Bréfritari: Ásgeir Tryggvi Friðgeirsson
Viðtakandi: Einar Friðgeirsson
Dagsetning: A-1884-03-21
Skrifað á: Garði  S-Þing.
Ásgeir er bróðir Einars

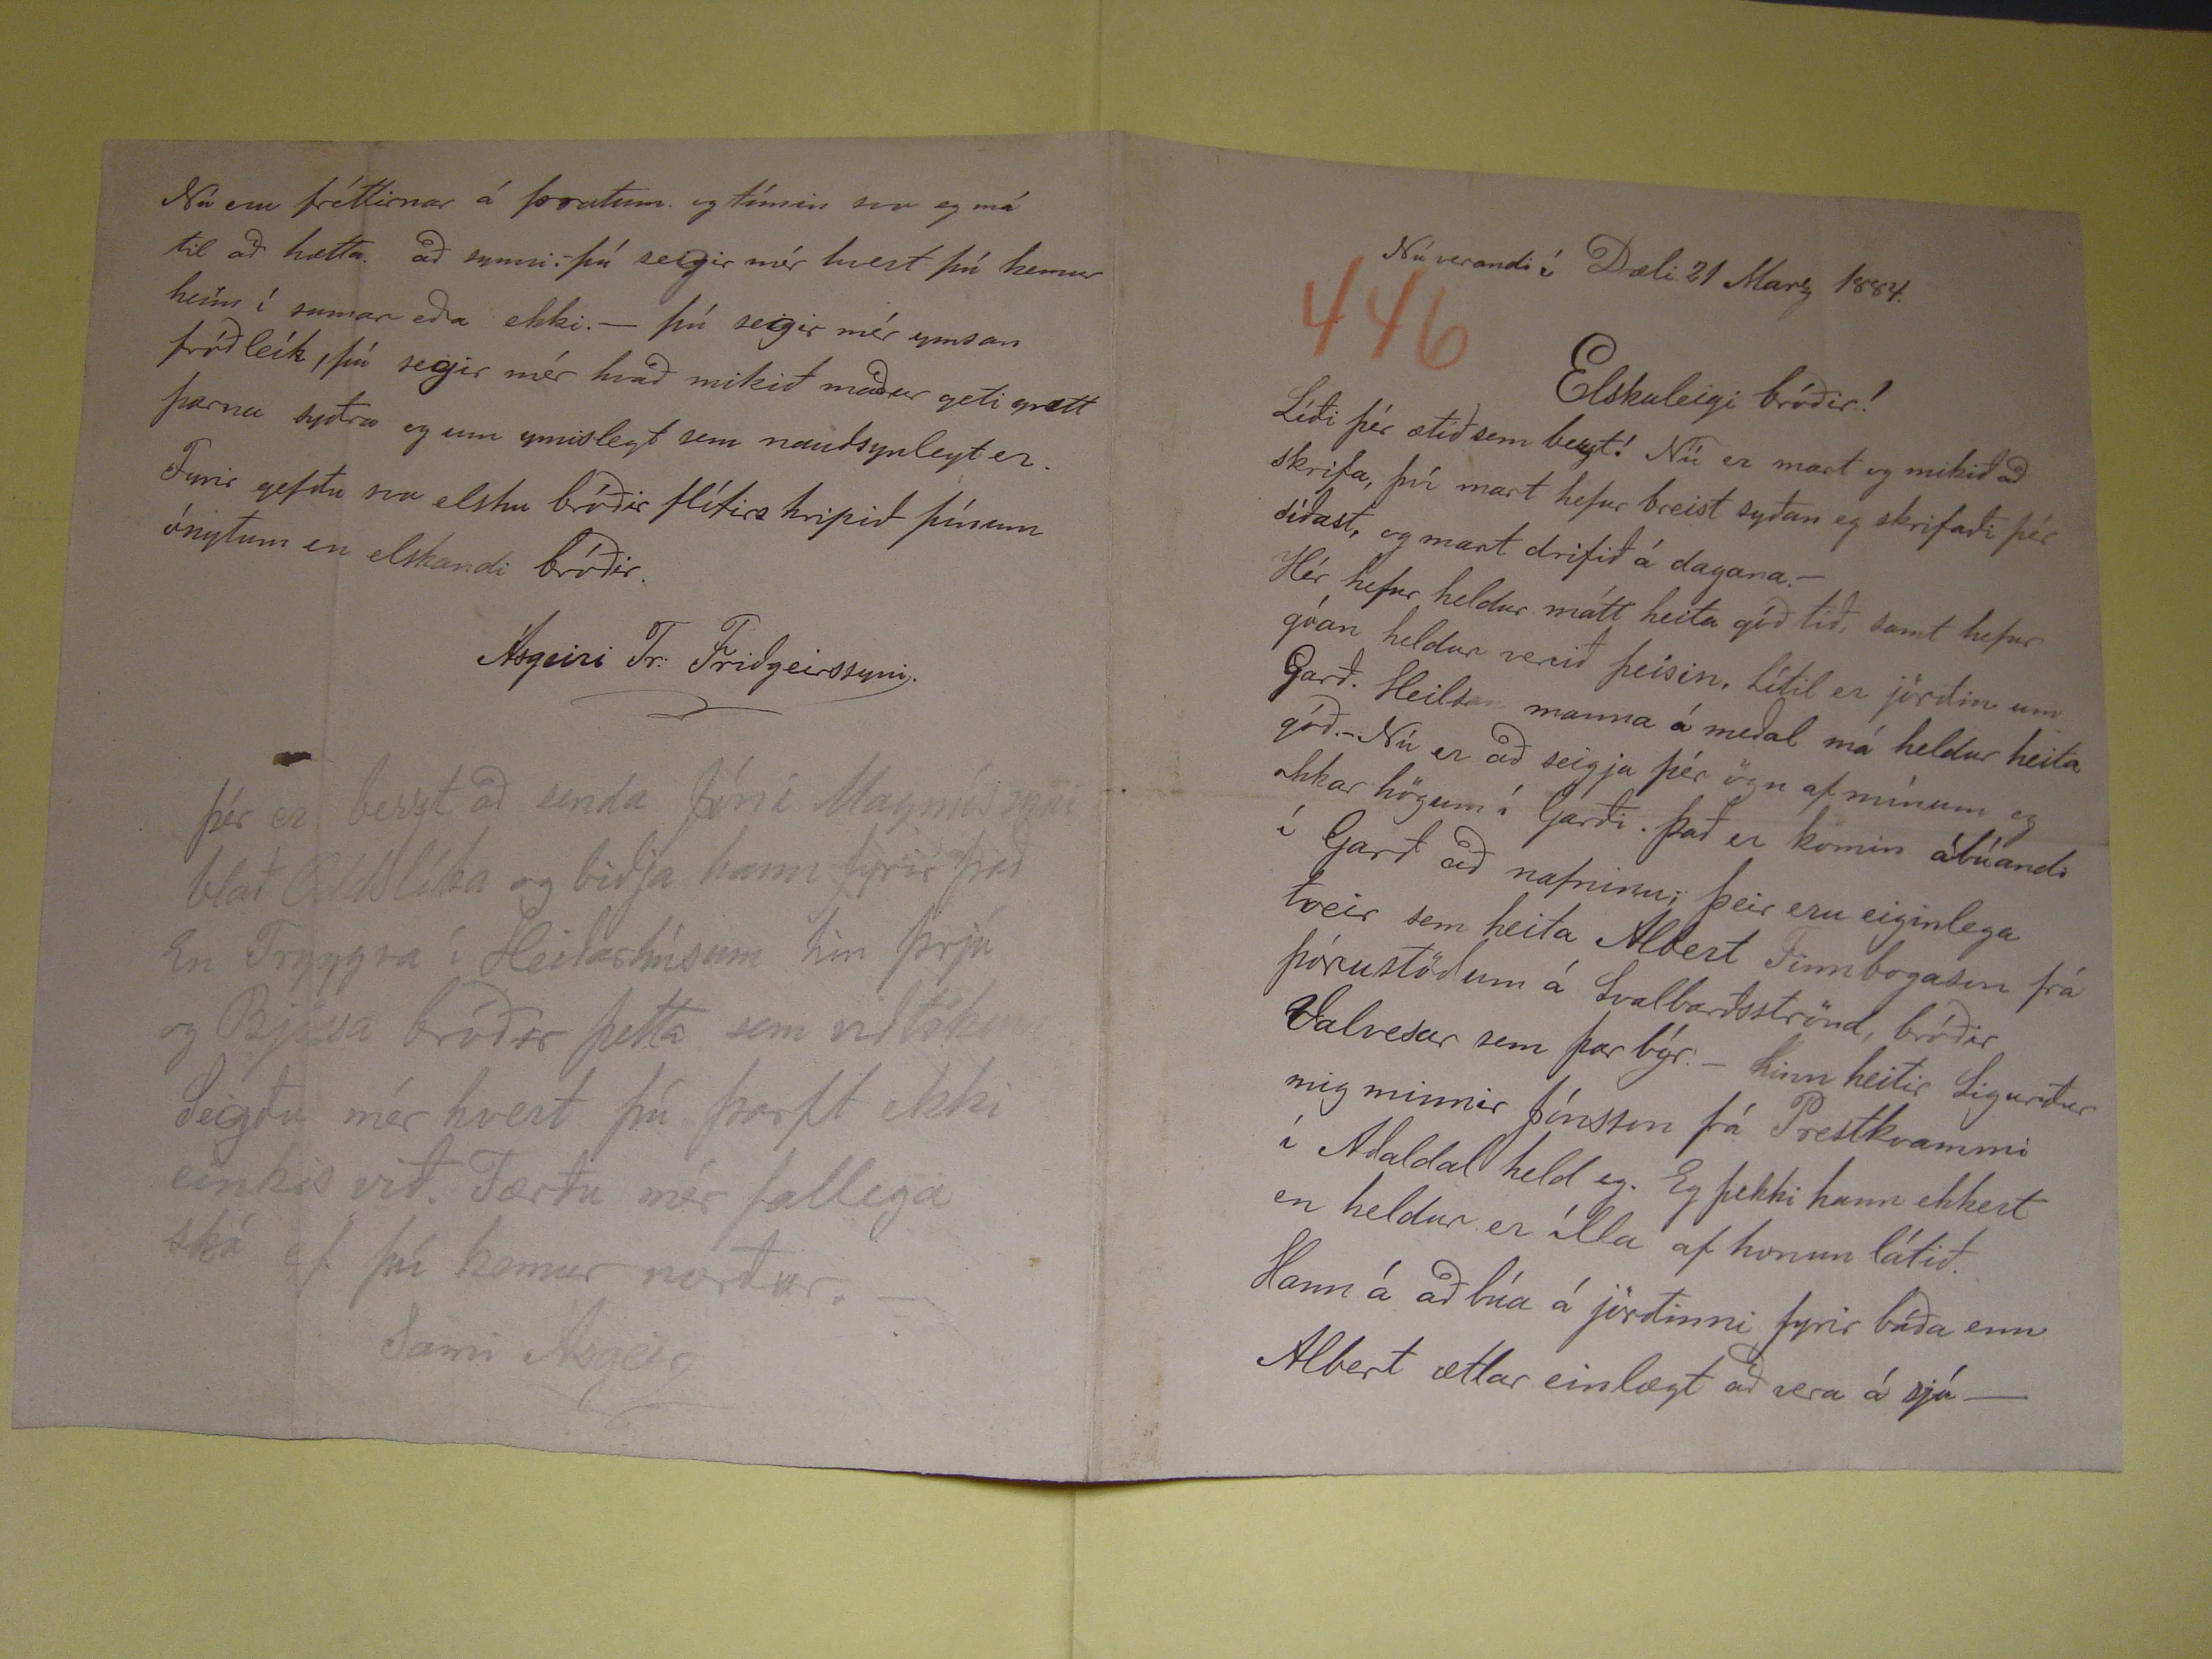

Núverandi í Dæli 21 Marz 1884
Elskuleigi bróðir!
Líði þér ætíð sem bezt! Nú er mart og mikið að skrifa því mart hefur breist syðan eg skrifaði þér síðast, og mart drifið á dagana.- Hér hefur heldur mátt heita góð
tíð, samt hefur góan heldur verið þeisin, Lítil er jörðin um Garð. Heilsan mann á meðal má heldur heita góð.-Nú er að seigja þér ögn af mínum og okkar högum í
Garði. Það er komin ábúandi í Garð að nafninu, þeir eru eiginlega tveir sem heita Albert Finnbogason frá Þórustöðum á Svalbarðsströnd, bróðir
Valvesar
sem þar býr.- Hinn heitir Sigurður mig minnir Jónsson frá Prestkvammi í Adaldal held eg. Eg þekki hann ekkert en heldur er ílla af honum látið. Hann á
að búa á jörðinni fyrir báða enn Albert ætlar einlægt að vera á sjá-
Hann er ny giftur og á eitt barn og annað á leiðinni Hann á aungvar skepnur né gripi eða búshluti en góðan reiking hefur hann, og hefur fjaska lánstraust . Hann
vill kaupa öll hús og hlöður hluti gripi og skepnur, en hvað hann færaf því syðar talda veit eg ekki. Hann vill lofa móðir minni að vera, með Imbu litu í Smíðhúsi-
Hann vil fá Olgeir fyrir vinnu mann enn hann vill ekki vera nema kaupamaður hjá honum yfir sumarið vorið og haustið, og læra svo yfir veturinn. Rikku vill hann fá og
veit eg ekki hvernin það fer og Nönnu að hálfu.- Og þú
enn
við Björn Utanveltubesefar. og veit eg ekkert um okkur. Amma gamla má vera ef
hún vil. og á Þverá ef hún vill Um Friðriku og Fríðu veit eg ekki neitt. Þetta eru miklar biltingar!!--- (N3) Hér er afla laust alvet.- Eg hef einlægt verið í hamförum að
smóiða heima og í
12
daga hef eg nú verið í Dæli og erum við Skúli að þilja stofuna
og er eg mart fleira að gjöra.- á Sunnudagin kemur eða 23 þ.m kemur Friðbjörn í Kórkum til mín til að kenna syskinum mínum hann verður í mánuð.- Hvað á
eg að géra af mér? Á eg ekki af fara suður og vera við smíðar í Raykjavík í sumar? Já enn ætti eg ekki að reina að koma Borni nyður við prent verk hjá Birni frænda
ukkar, eins og eg hef von um að kanski tækist?- Eg hef boðið Heímdall og hafa þessir pantað hann Jón Magnússon Laufási 1. Oddur Ólafsson í Grenivík 2, Jón Ingaldsson
í Flatey 3. Jón Jónsson í Giðugerði í Flatey 4. og Tryggvi Jónsson í Heiðarhúsum 5 og við þrír bræður Björn Olgeir og eg 6. - Kvæðabók séra Mattísar pantar Kristbjörg í
Þúfu.- Eg þakka þér já fyrir sendinguna syðast nefnielga litin. Eg bað Aðalstein að senda þér 10 krónur með því bréfi og vonast eg eftir að hann hafi gjört það.-
Hér má heita talsverður bjargar skortur hjá flestum. Flestir ætla eg að séu heybyrgir.-
Nú eru fréttirnar á þrotum og tímin svo eg má til að hætta að synni. Þú seigir mér hvert þú kemur heim í sumar eða ekki.- Þú segir mér ymsan fróðleík, þú segir
mér hvað mikið maður getu
grett
þarna syðra og um ymislegt sem nauðsynlegt er. Fyrir gefðu svo elsku bróðir flítirs hripið þínum ónytum en
elskandi bróðir.
Ásgeiri Tr. Friðgeirssyni.
Þér er bezzt að senda Jóni Magnússyni blað Oddslíka og biðja hann fyrir það En Tryggva í Heiðarhúsum hin þrjú og Bjössa bróðir þetta sem viðtökum Segðu mér
hvert þú þarft ekki einkis við. Færðu mér fallega ská ef þú kemur norður. -
Sami Ásgeir